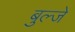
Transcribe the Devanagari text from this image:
बुल्जे